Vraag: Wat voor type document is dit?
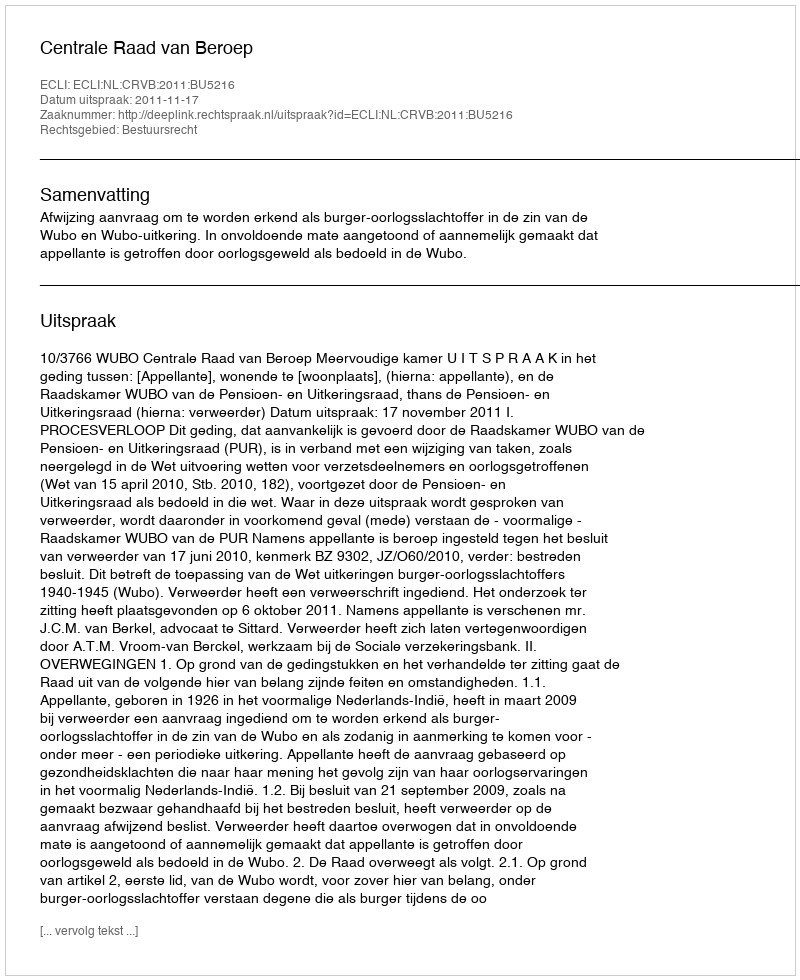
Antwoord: Uitspraak